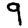
Digit: 9